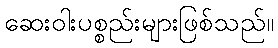
ဆေးဝါးပစ္စည်းများဖြစ်သည်။